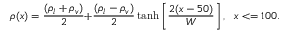
\rho ( x ) = \frac { { ( { \rho _ { l } } + { \rho _ { v } } ) } } { 2 } \mathrm { { + } } \frac { { ( { \rho _ { l } } - { \rho _ { v } } ) } } { 2 } \operatorname { t a n h } \left[ { \frac { { 2 ( x - 5 0 ) } } { W } } \right] , ~ ~ x < = 1 0 0 .